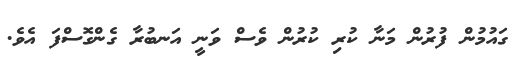
ގައުމުން ފުރުން މަނާ ކުރި ކުރުން ވެސް ވަނީ އަނބުރާ ގެންގޮސްފަ އެވެ.